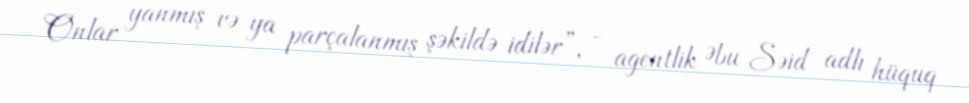
Onlar yanmış və ya parçalanmış şəkildə idilər”, - agentlik Əbu Səid adlı hüquq